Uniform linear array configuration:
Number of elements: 8
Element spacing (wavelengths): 0.25
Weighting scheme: cosine
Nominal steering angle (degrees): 30
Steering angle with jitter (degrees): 29.127
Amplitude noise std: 0.05
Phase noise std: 0.05

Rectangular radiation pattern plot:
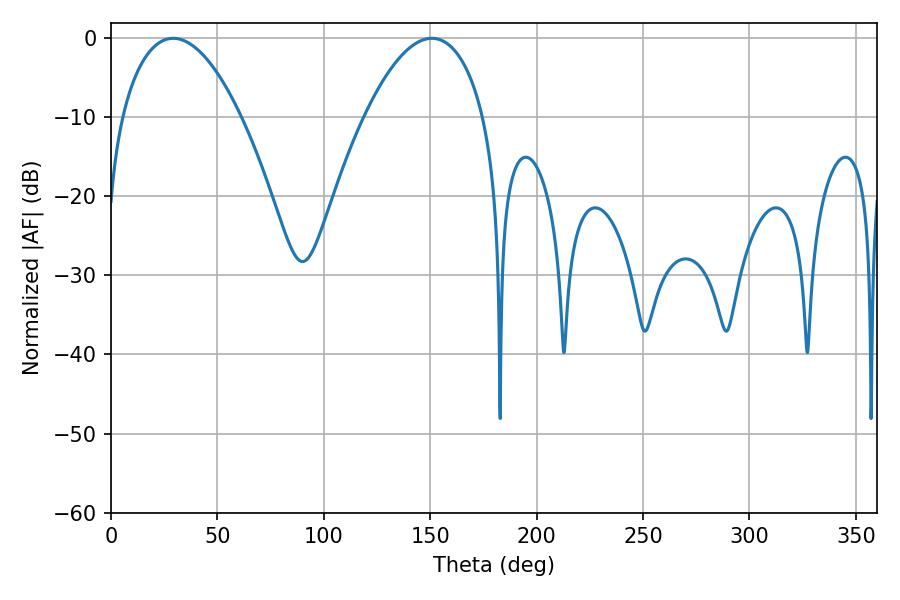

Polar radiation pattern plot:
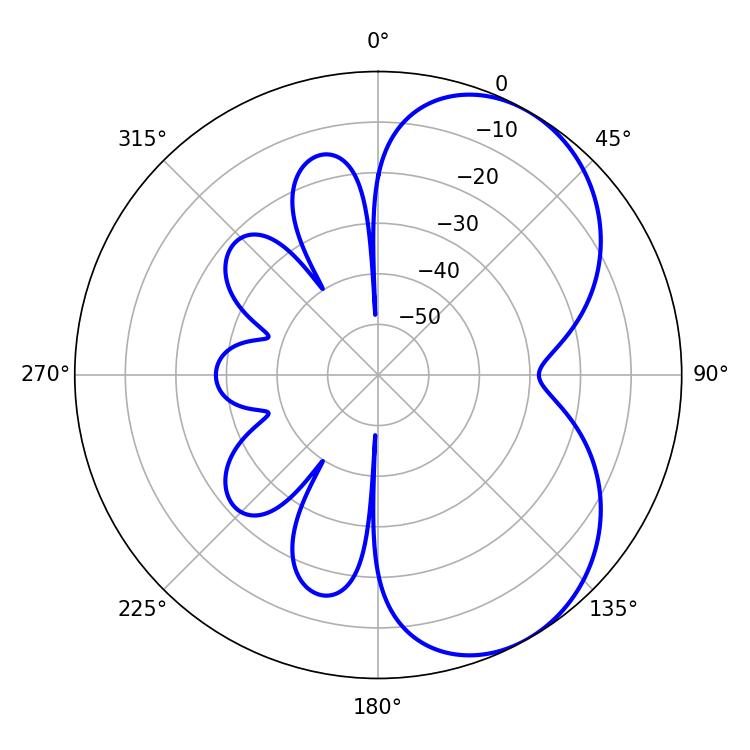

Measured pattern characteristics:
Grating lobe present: FALSE
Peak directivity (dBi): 5.342
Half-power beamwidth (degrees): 31.32
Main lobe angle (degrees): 29.16